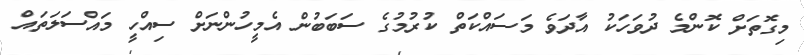
މިގޮތަށް ކޮންމެ ދުވަހަކު އާދަވެ މަސައްކަތް ކުރުމުގެ ސަބަބުން އެމީހުންނަށް ސިއްހީ މައްސަލަތައް